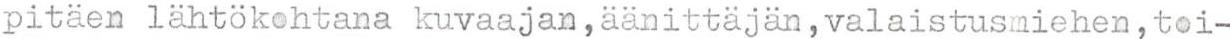
pitäen lähtökohtana kuvaajan, äänittäjän, valaistusmiehen, toi-